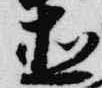
直